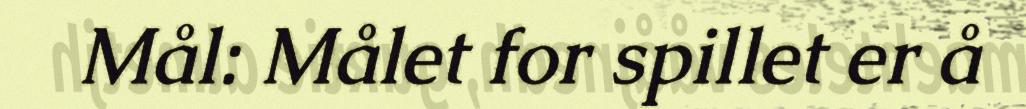
Mål: Målet for spillet er å